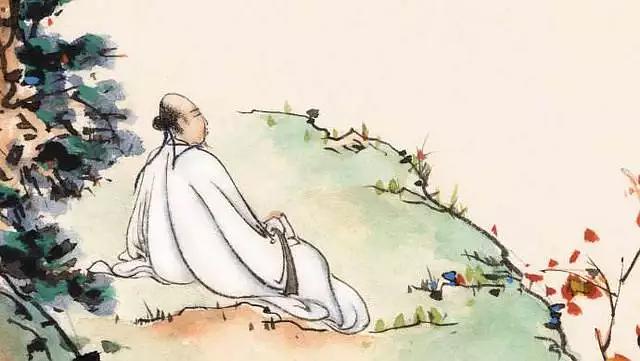
偶然值林叟，谈笑无还期。